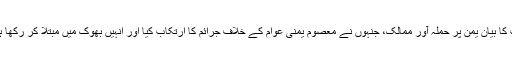
المیسرہ یمن کی ویب سایٹ کے مطابق انقلاب کمیٹی یمن کے سربراہ کا کہنا تھا کہ ہنٹ کا بیان یمن پر حملہ آور ممالک، جنہوں نے معصوم یمنی عوام کے خلاف جرائم کا ارتکاب کیا اور انہیں بھوک میں مبتلا کر رکھا ہے، دنیا کو ان جارحین کا خوبصورت چہرہ دکھانے کے غرض سے جاری کیا گیا ہے۔